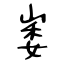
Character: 崣